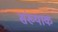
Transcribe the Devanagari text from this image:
संख्याक